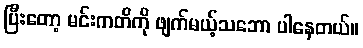
ပြီးတော့ မင်းကတိကို ဖျက်မယ့်သဘော ပါနေတယ်။